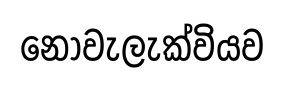
නොවැලැක්වියව